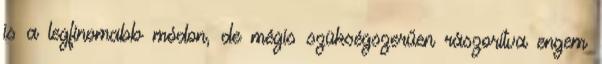
is a legfinomabb módon, de mégis szükségszerűen rászorítva engem